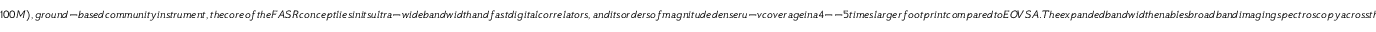
1 0 0 M ) , g r o u n d - b a s e d c o m m u n i t y i n s t r u m e n t , t h e c o r e o f t h e F A S R c o n c e p t l i e s i n i t s u l t r a - w i d e b a n d w i d t h a n d f a s t d i g i t a l c o r r e l a t o r s , a n d i t s o r d e r s o f m a g n i t u d e d e n s e r u - v c o v e r a g e i n a 4 -- 5 t i m e s l a r g e r f o o t p r i n t c o m p a r e d t o E O V S A . T h e e x p a n d e d b a n d w i d t h e n a b l e s b r o a d b a n d i m a g i n g s p e c t r o s c o p y a c r o s s t h e e n t i r e